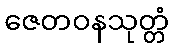
ဇေတဝနသုတ္တံ